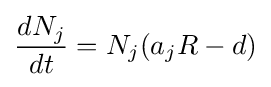
{\frac {dN_{j}}{dt}}=N_{j}(a_{j}R-d)